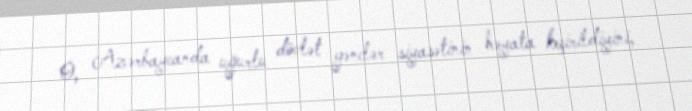
O, Azərbaycanda uğurlu dövlət gənclər siyasətinin həyata keçirildiyini,